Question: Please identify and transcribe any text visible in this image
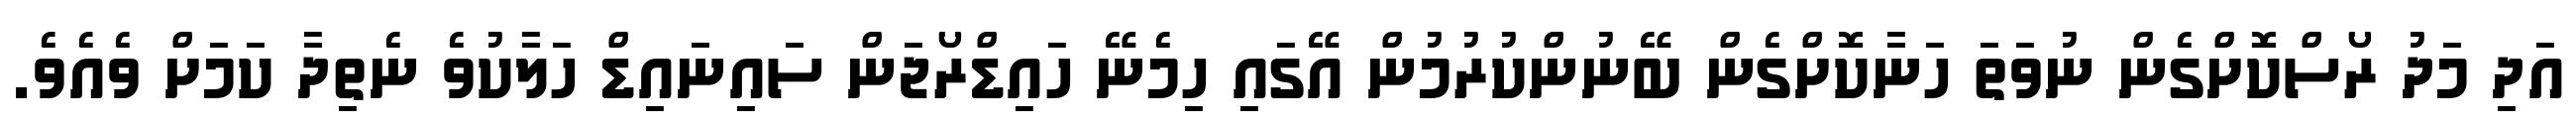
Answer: އަދި މަދު ރޯސްކޮށްގެން ނުވަތަ ހަނާކޮށްގެން ބޭނުންކުރުމުން އޭގައި ހިމެނޭ ހައިޑްރޯޖަން ސައިނައިޑް ހަލާކުވެ ނެތިދާ ކަމަށް ވެއެވެ.